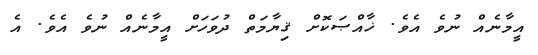
އީމާނެއް ނުވެ އެވެ. ޚާއްޞަކޮށް ޤިޔާމަތް ދުވަހަށް އީމާނެއް ނުވެ އެވެ. އެ